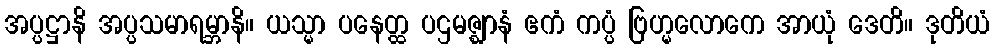
အပ္ပဋ္ဌာနိ အပ္ပသမာရမ္ဘာနိ။ ယသ္မာ ပနေတ္ထ ပဌမဇ္ဈာနံ ဧကံ ကပ္ပံ ဗြဟ္မလောကေ အာယုံ ဒေတိ။ ဒုတိယံ